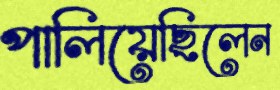
পালিয়েছিলেন